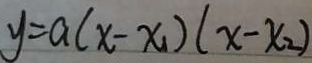
y = a ( x - x _ { 1 } ) ( x - x _ { 2 } )